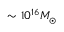
\sim 1 0 ^ { 1 6 } M _ { \odot }